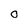
Character: O